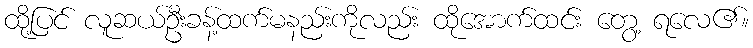
ထို့ပြင် လူဆယ်ဦးခန့်ထက်မနည်းကိုလည်း ထိုအောက်ထင်း တွေ့ ရလေ၏။